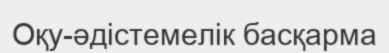
Оқу-әдістемелік басқарма